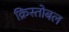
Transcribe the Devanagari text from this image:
क्रिस्तोबल